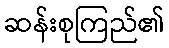
ဆန်းစုကြည်၏